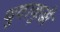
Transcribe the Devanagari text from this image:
थुवाकुड़ी